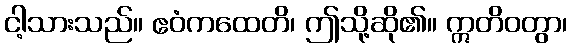
ငါ့သားသည်။ ဧဝံကထေတိ၊ ဤသို့ဆို၏။ ဣတိဝတွာ၊